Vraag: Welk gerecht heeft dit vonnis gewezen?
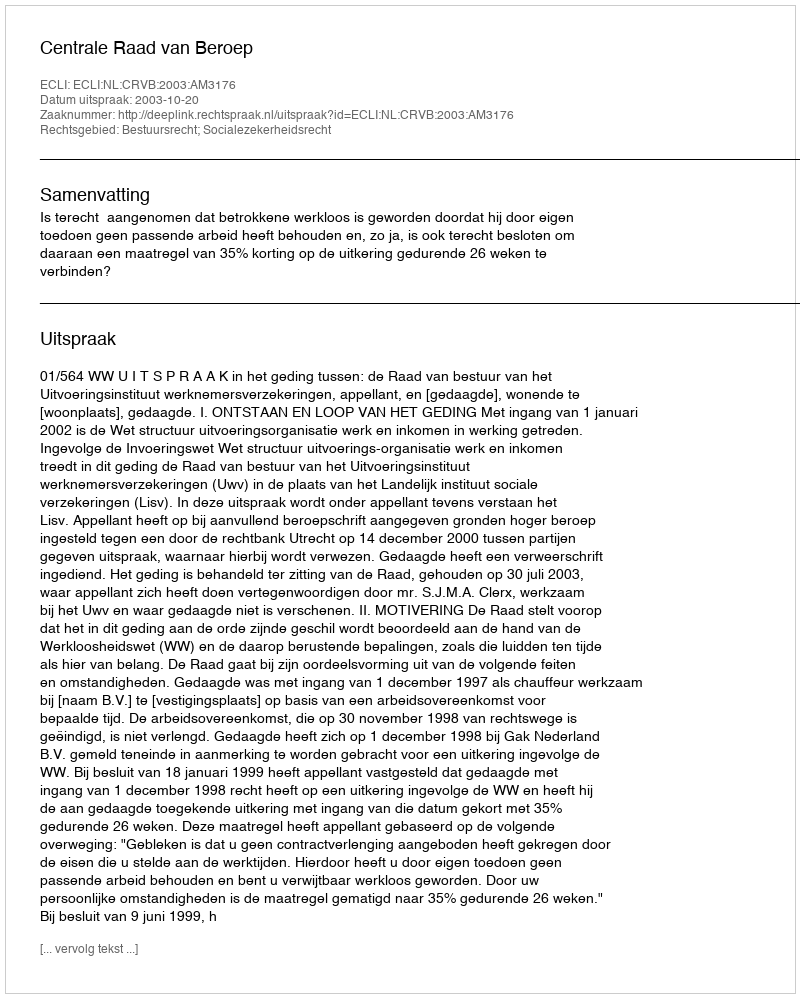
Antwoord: Centrale Raad van Beroep